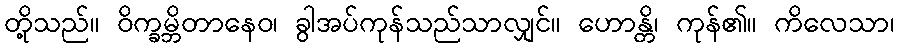
တို့သည်။ ဝိက္ခမ္ဘိတာနေဝ၊ ခွါအပ်ကုန်သည်သာလျှင်။ ဟောန္တိ၊ ကုန်၏။ ကိလေသာ၊